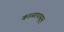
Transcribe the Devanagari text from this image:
काळापासून्